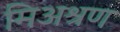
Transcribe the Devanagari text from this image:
मिअश्रण